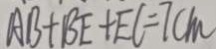
A B + B E + E C = 7 c m